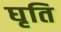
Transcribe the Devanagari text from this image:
घृति